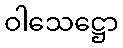
ဝါသေဋ္ဌော